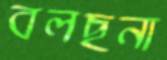
বলছনা